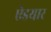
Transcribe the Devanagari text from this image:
ऐडयार